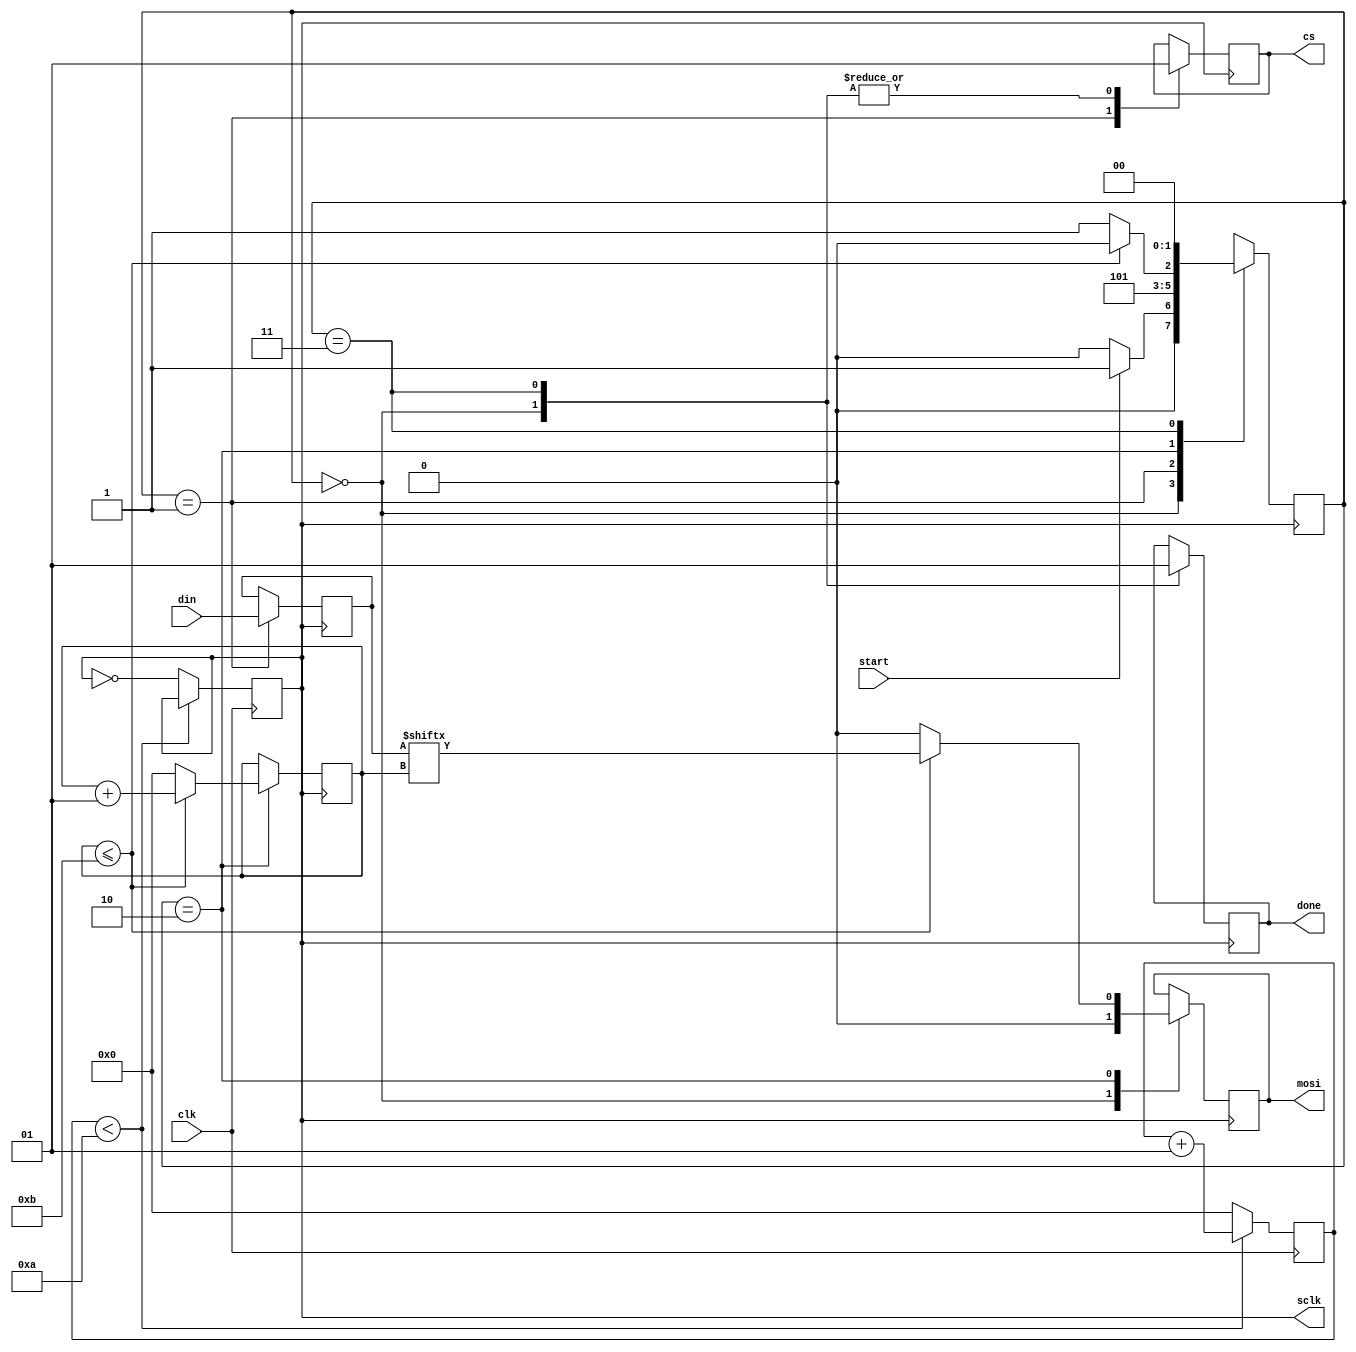
`timescale 1ns / 1ps
//////////////////////////////////////////////////////////////////////////////////
// Company: 
// Engineer: 
// 
// Design Name: 
// Module Name: SPI
// Project Name: 
// Target Devices: 
// Tool Versions: 
// Description: 
// 
// Dependencies: 
// 
// Revision:
// Revision 0.01 - File Created
// Additional Comments:
// 
//////////////////////////////////////////////////////////////////////////////////


`timescale 1ns / 1ps
 
 
module spi
(
input clk, start, 
input [11:0] din,
output reg cs, mosi, done, 
output sclk
);
 
integer count = 0;
reg sclkt = 0;
always@(posedge clk)
begin
    if(count < 10)
    count <= count + 1;
    else
    begin
    count  <= 0;
    sclkt  <= ~sclkt;
    end
end
 
/////////////////////////////////////
parameter idle = 0, start_tx = 1, send = 2, end_tx = 3; 
reg [1:0] state = idle;
reg [11:0] temp;
integer bitcount = 0;
 
always@(posedge sclkt)
begin
            case(state)
            idle: begin
               mosi <= 1'b0;
               cs   <= 1'b1;
               done <= 1'b0;
               
               if(start)
                 state <= start_tx;
               else
                 state <= idle;
            end
            
            
            start_tx : begin
              cs    <= 1'b0;
              temp  <= din; 
              state <= send; 
            end
            
            send : 
            begin
               if(bitcount <= 11) 
               begin
                 bitcount <= bitcount + 1;
                 mosi     <= temp[bitcount];
                 state    <= send;
               end
               else
                begin
                bitcount <= 0;
                state    <= end_tx;
                mosi     <= 1'b0; 
                end
            end
            
            end_tx : begin
               cs    <= 1'b1;
               state <= idle;
               done  <= 1'b1;
            end
            
            default : state <= idle;
            endcase
end
 
 
assign sclk = sclkt;
 
endmodule